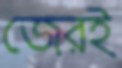
জেরই